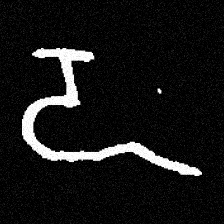
Pyu character \u2014 Myanmar letter: ဍ (romanized: dda)